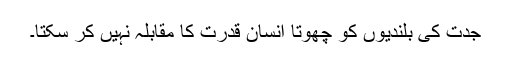
جدت کی بلندیوں کو چھوتا انسان قدرت کا مقابلہ نہیں کر سکتا۔